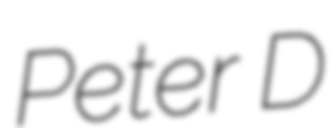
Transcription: Peter D